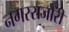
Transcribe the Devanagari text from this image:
नगरराजौरी